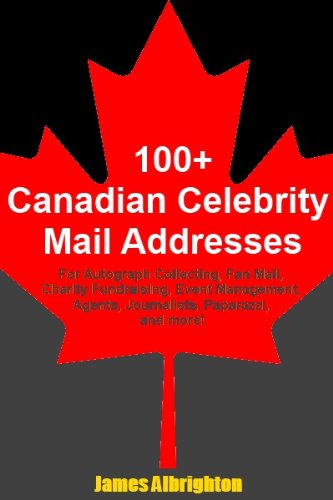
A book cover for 100+ Canadian Celebrity Mail Addreses: For Autograph Collecting, Fan Mail, Charity Fundraising, Event Management, Agents, Journalists, Paparazzi, and more!; James Albrighton; Crafts, Hobbies & Home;